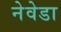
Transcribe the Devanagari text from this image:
नेवेडा